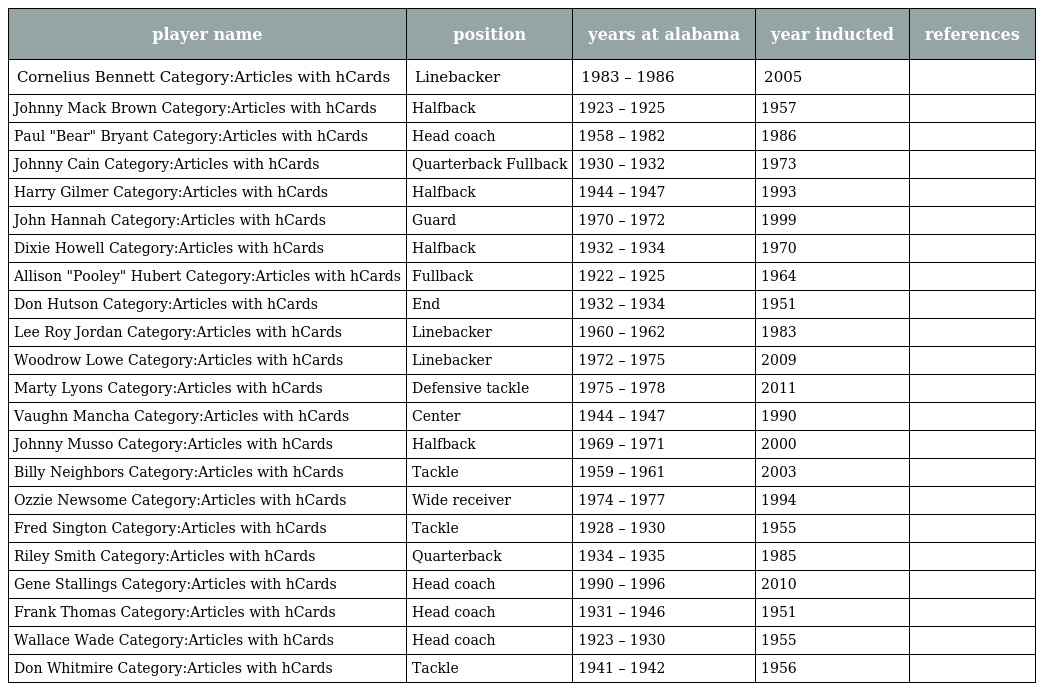
| player name | position | years at alabama | year inducted | references |
 | --- | --- | --- | --- | --- |
 | Cornelius Bennett Category:Articles with hCards | Linebacker | 1983 – 1986 | 2005 |  |
 | Johnny Mack Brown Category:Articles with hCards | Halfback | 1923 – 1925 | 1957 |  |
 | Paul "Bear" Bryant Category:Articles with hCards | Head coach | 1958 – 1982 | 1986 |  |
 | Johnny Cain Category:Articles with hCards | Quarterback Fullback | 1930 – 1932 | 1973 |  |
 | Harry Gilmer Category:Articles with hCards | Halfback | 1944 – 1947 | 1993 |  |
 | John Hannah Category:Articles with hCards | Guard | 1970 – 1972 | 1999 |  |
 | Dixie Howell Category:Articles with hCards | Halfback | 1932 – 1934 | 1970 |  |
 | Allison "Pooley" Hubert Category:Articles with hCards | Fullback | 1922 – 1925 | 1964 |  |
 | Don Hutson Category:Articles with hCards | End | 1932 – 1934 | 1951 |  |
 | Lee Roy Jordan Category:Articles with hCards | Linebacker | 1960 – 1962 | 1983 |  |
 | Woodrow Lowe Category:Articles with hCards | Linebacker | 1972 – 1975 | 2009 |  |
 | Marty Lyons Category:Articles with hCards | Defensive tackle | 1975 – 1978 | 2011 |  |
 | Vaughn Mancha Category:Articles with hCards | Center | 1944 – 1947 | 1990 |  |
 | Johnny Musso Category:Articles with hCards | Halfback | 1969 – 1971 | 2000 |  |
 | Billy Neighbors Category:Articles with hCards | Tackle | 1959 – 1961 | 2003 |  |
 | Ozzie Newsome Category:Articles with hCards | Wide receiver | 1974 – 1977 | 1994 |  |
 | Fred Sington Category:Articles with hCards | Tackle | 1928 – 1930 | 1955 |  |
 | Riley Smith Category:Articles with hCards | Quarterback | 1934 – 1935 | 1985 |  |
 | Gene Stallings Category:Articles with hCards | Head coach | 1990 – 1996 | 2010 |  |
 | Frank Thomas Category:Articles with hCards | Head coach | 1931 – 1946 | 1951 |  |
 | Wallace Wade Category:Articles with hCards | Head coach | 1923 – 1930 | 1955 |  |
 | Don Whitmire Category:Articles with hCards | Tackle | 1941 – 1942 | 1956 |  |